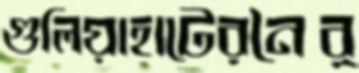
গুলিয়াহাটেরনৈর্